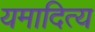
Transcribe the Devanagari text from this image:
यमादित्य